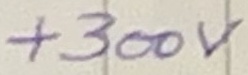
Text: +300V